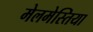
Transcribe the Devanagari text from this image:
मेलमेस्तिया